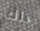
ذلك